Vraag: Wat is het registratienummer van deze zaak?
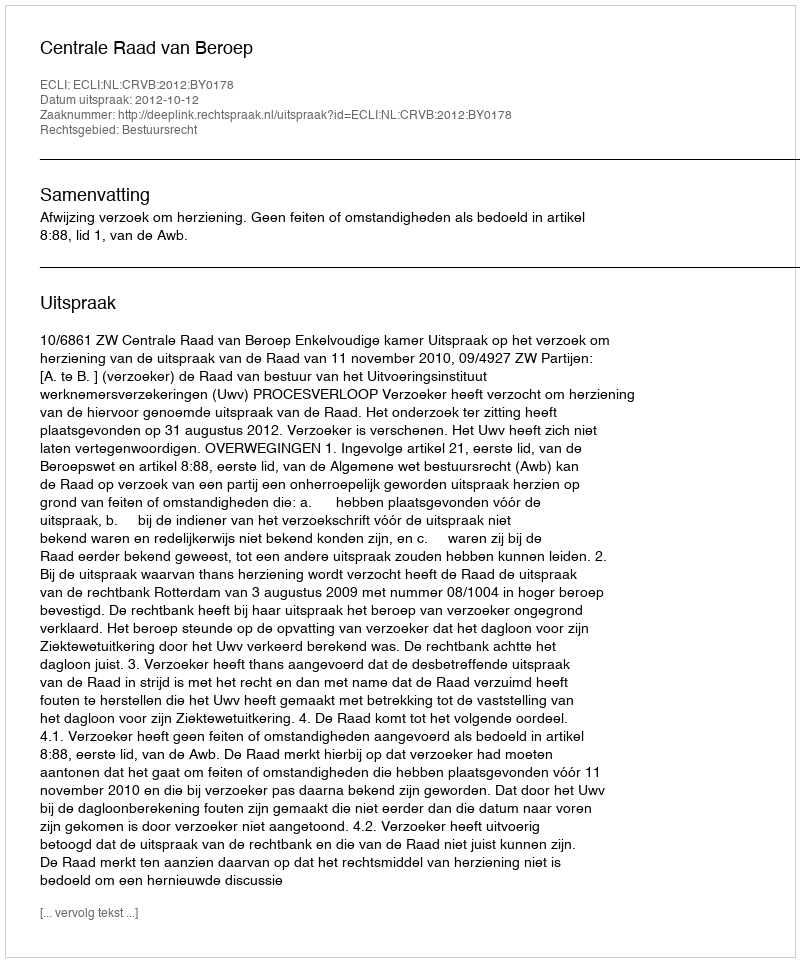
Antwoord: http://deeplink.rechtspraak.nl/uitspraak?id=ECLI:NL:CRVB:2012:BY0178